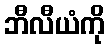
ဘီလီယံကို